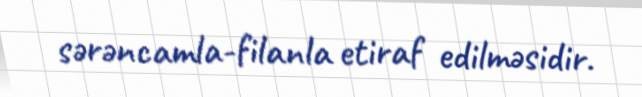
sərəncamla-filanla etiraf edilməsidir.